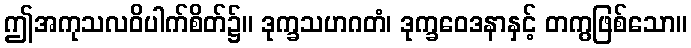
ဤအကုသလဝိပါက်စိတ်၌။ ဒုက္ခသဟဂတံ၊ ဒုက္ခဝေဒနာနှင့် တကွဖြစ်သော။